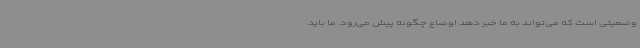
وضعیتی است که می‌تواند به ما خبر دهد اوضاع چگونه پیش می‌رود. ما باید